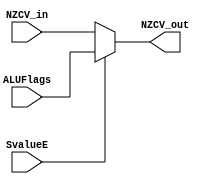
module Cond_Unit(
	input[3:0] NZCV_in,
	input[3:0] ALUFlags,
	input SvalueE,
	output reg[3:0] NZCV_out
	);
	
	
	always @ (*)
	begin
		NZCV_out = (SvalueE == 1'b1) ? ALUFlags : NZCV_in;	
	end
	
endmodule